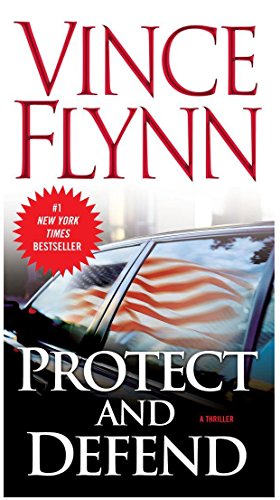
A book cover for Protect and Defend (A Mitch Rapp Novel); Vince Flynn; Mystery, Thriller & Suspense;